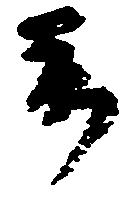
前